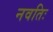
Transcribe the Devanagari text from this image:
नवतिः